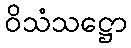
ဝိသံသဋ္ဌော